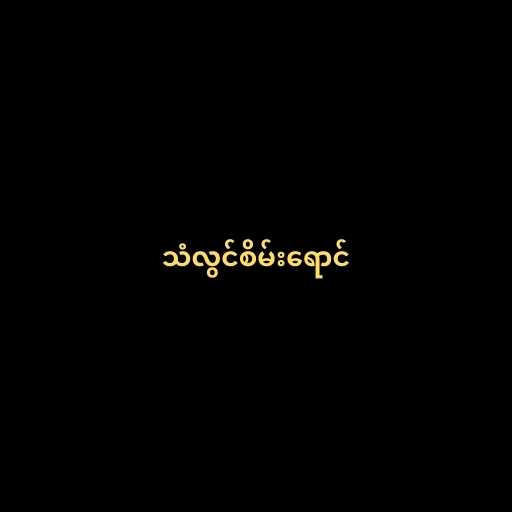
သံလွင်စိမ်းရောင်